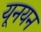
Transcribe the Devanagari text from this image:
यूनयन